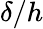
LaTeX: \delta/h